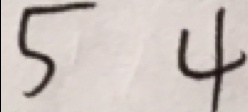
5 4